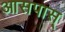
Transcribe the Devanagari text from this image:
आसपास्